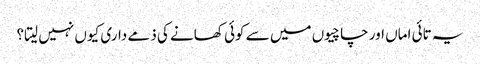
یہ تائی اماں اور چاچیوں میں سے کوئی کھانے کی ذمے داری کیوں نہیں لیتا؟